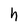
Character: h